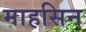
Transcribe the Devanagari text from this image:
माहसिन